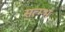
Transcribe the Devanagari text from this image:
सत्म्भ